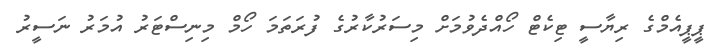
ޕީޕީއެމްގެ ރިޔާސީ ޓިކެޓް ހޯއްދެވުމަށް މިސަރުކާރުގެ ފުރަތަމަ ހޯމް މިނިސްޓަރު އުމަރު ނަސީރު